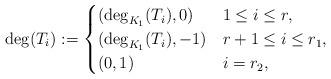
LaTeX: \begin{align*} \deg (T_i):=\begin{cases} (\deg_{K_1}(T_i),0)&1\le i\le r,\\ (\deg_{K_1}(T_i),-1)&r+1\le i\le r_1,\\ (0,1)&i=r_2, \end{cases}\end{align*}